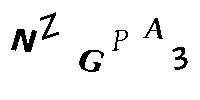
NZGPA3